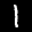
Label: 1